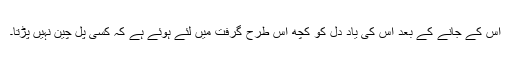
اس کے جانے کے بعد اس کی یاد دل کو کچھ اس طرح گرفت میں لئے ہوئے ہے کہ کسی پل چین نہیں پڑتا۔